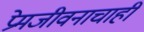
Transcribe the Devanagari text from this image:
प्रेमजीवनाचाही